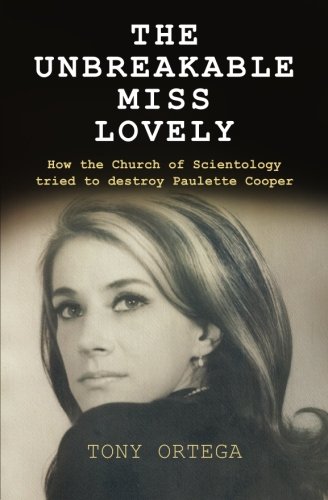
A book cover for The Unbreakable Miss Lovely: How the Church of Scientology tried to destroy Paulette Cooper; Tony Ortega; Religion & Spirituality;